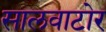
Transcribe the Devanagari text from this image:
सालवाटोर